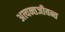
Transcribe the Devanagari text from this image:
अत्यन्तजीवन्त